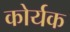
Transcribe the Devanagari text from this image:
कोर्यक